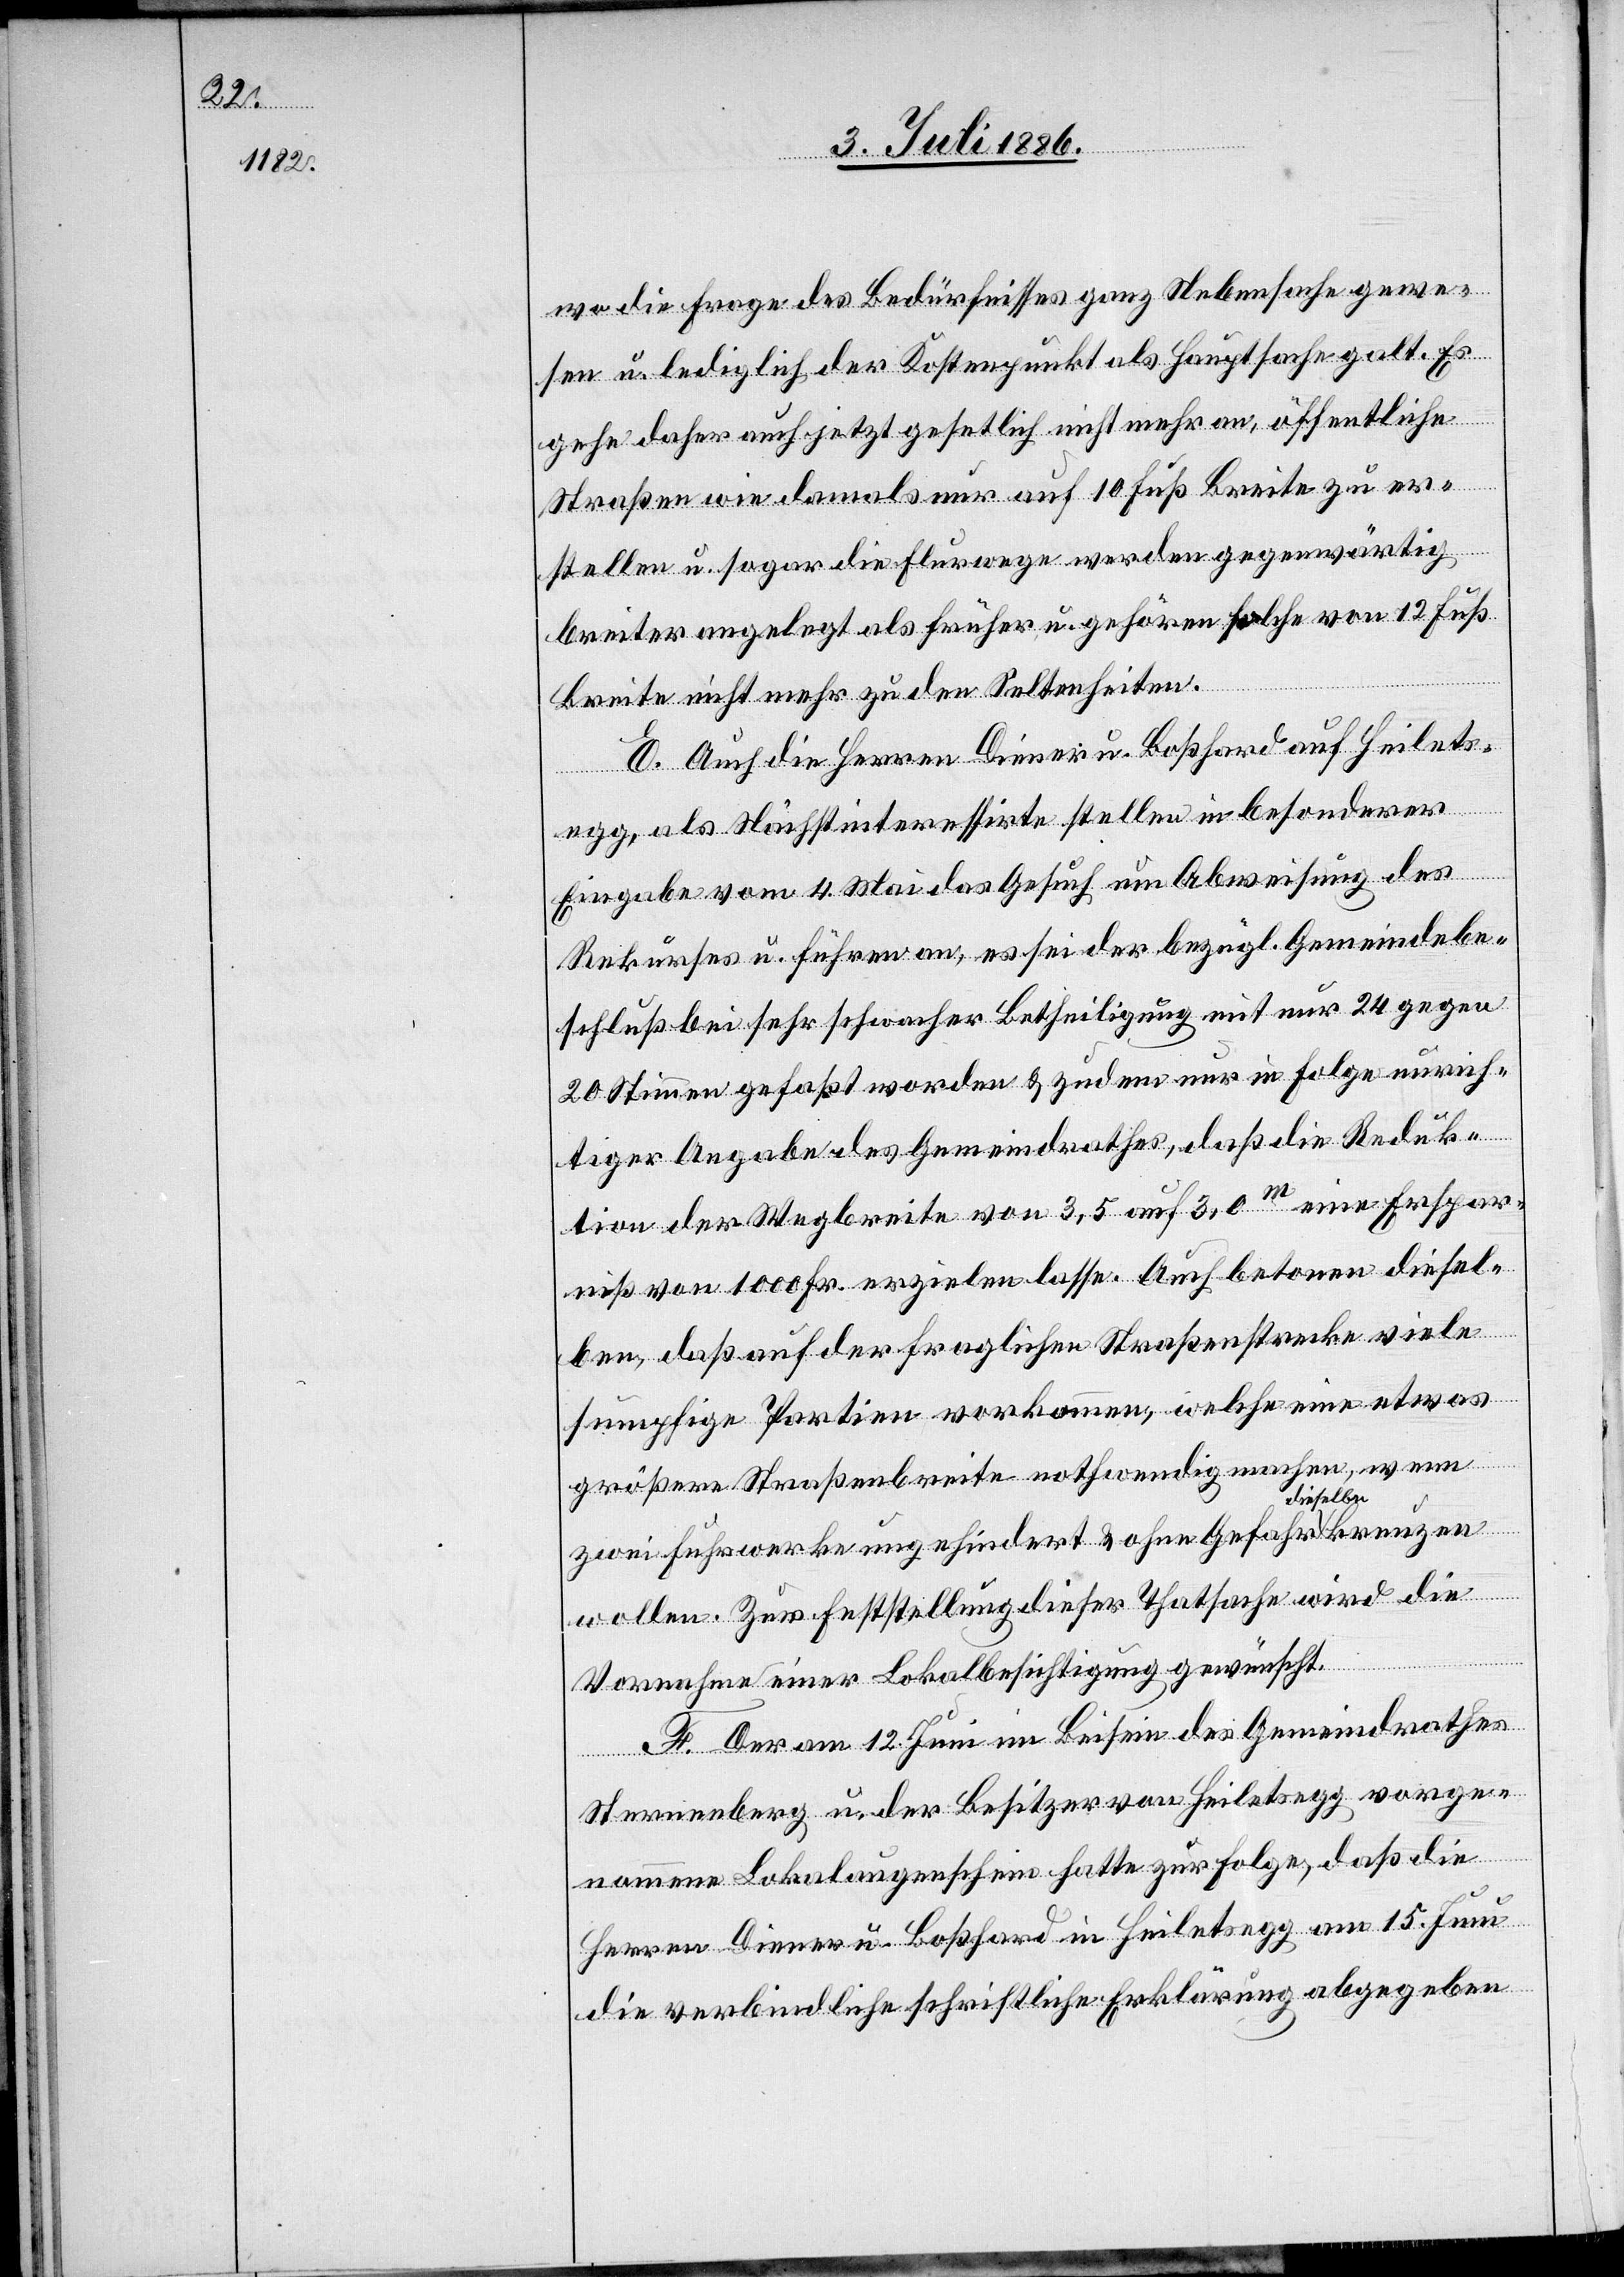
wo die Frage des Bedürfnisses ganz Nebensache gewe¬
sen u. lediglich der Kostenpunkt als Hauptsache galt. Es
gehe daher auch jetzt geset[z]lich nicht mehr an, öffentliche
Straßen wie damals nur auf 10 Fuß Breite zu er¬
stellen u. sogar die Flurwege werden gegenwärtig
breiter angelegt als früher u. gehören solche von 12 Fuß
Breite nicht mehr zu den Seltenheiten.
E. Auch die Herren Diener u. Boßhard auf Heilets¬
egg, als Nächstinteressirte stellen in besonderer
Eingabe vom 4. Mai das Gesuch um Abweisung des
Rekurses u. führen an, es sei der bezügl. Gemeindebe¬
schluß bei sehr schwacher Betheiligung mit nur 24 gegen
20 Stimmen gefaßt worden & zudem nur in Folge unrich¬
tiger Angabe des Gemeindrathes, daß die Reduk¬
tion der Wegbreite von 3,5 auf 3,0m eine Erspar¬
niß von 1000 Fr. erzielen lasse. Auch betonen diesel¬
ben, daß auf der fraglichen Straßenstrecke viele
sumpfige Partien vorkommen, welche eine etwas
größere Straßenbreite nothwendig machen, wenn
zwei Fuhrwerke ungehindert & ohne Gefahr dieselben
wollen. Zur Feststellung dieser Thatsache wird die
Vornahme einer Lokalbesichtigung gewünscht.
F. Der am 12. Juni im Beisein des Gemeindrathes
Sternenberg u. der Besitzer von Heiletsegg vorge¬
nommene Lokalaugenschein hatte zur Folge, daß die
Herren Diener u. Boßhard in Heiletsegg am 15. Juni
die verbindliche schriftliche Erklärung abgegeben